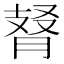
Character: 𦜚